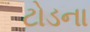
ટોડના